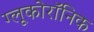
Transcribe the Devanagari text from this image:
ग्लूकोरॉनिक